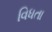
વિધતા